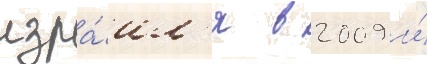
изра́ил'я в 2009 и́